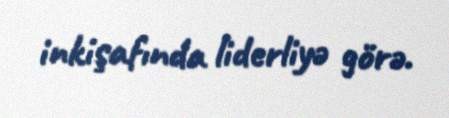
inkişafında liderliyə görə.